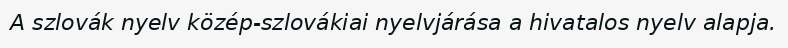
A szlovák nyelv közép-szlovákiai nyelvjárása a hivatalos nyelv alapja.